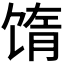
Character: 𬳅